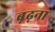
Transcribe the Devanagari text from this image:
ब़ढ़ना